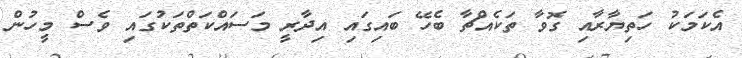
އެކަމަކު ހަތިޔާރާއި ގޮވާ ތަކެއްޗާ ބެހޭ ބައިގައި އިދާރީ މަސައްކަތްތަކުގައި ވެސް މީހުން